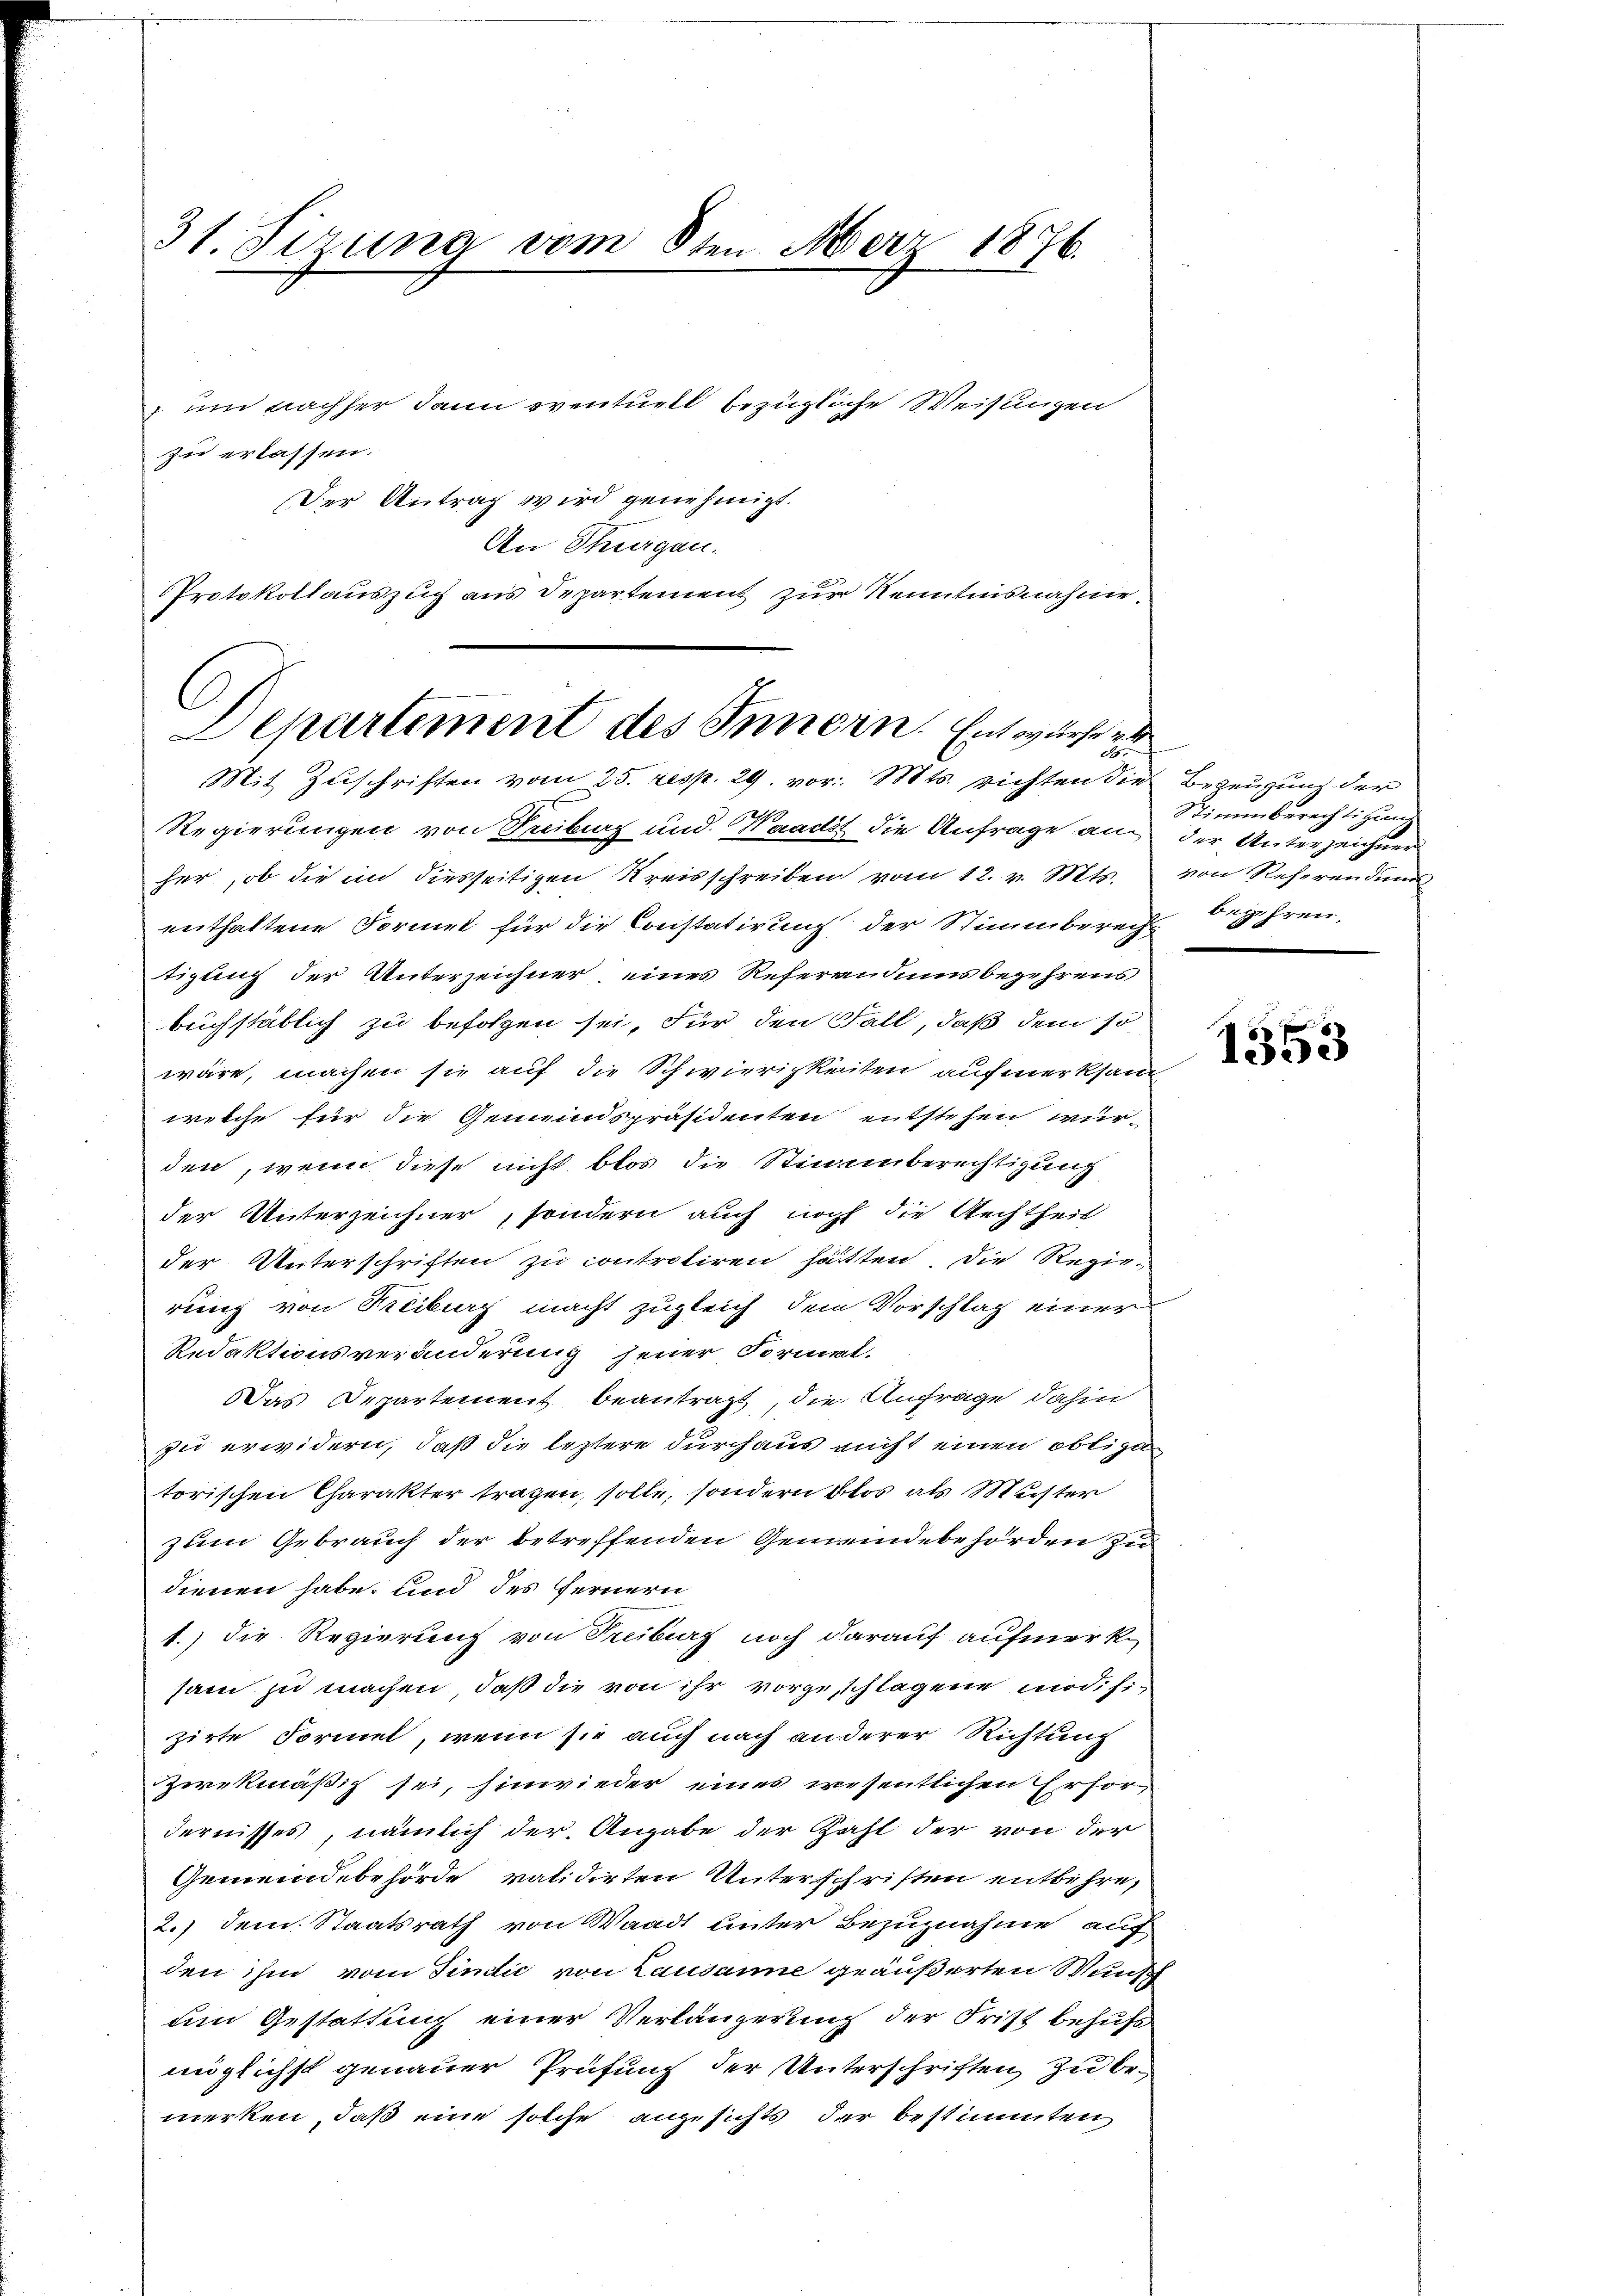
31. Sizung vom 8ten März 1876.

um nachher dann eventuell bezügliche Weisungen
zu erlassen.
Der Antrag wird genehmigt.
An Thurgau.
Protokollauszug aus Departement zur Kenntnisnahme.
Regierungen von Treiburg und Waadt die Anfrage an der Unterzeichner
her, ob die in diesseitigen Kreisschreiben vom 12. v. Mts.
enthaltene Formet für die Constatirung der Stimmberecht begehren,
tigung der Unterzeichner, eines Referandums bezehrens
buchstäblich zu befolgen sei. Für den Fall, daß dem so
wäre, machen sie auf die Schwierigkeiten aufmerksam
welche für die Gemeindspräsidenten entstehen wurden, wenn diese nicht blos die Stimmberechtigung
der Unterzeichner, sondern auch noch die Rechtheil
der Unterschriften zu controtiren hätten, die Regie-
rung von Treiburg macht zugleich dem Vorschlag einer
Redaktionsveränderung jener Formal.
Das Departement beantragt, die Anfrage dahin
zu erwidern, daß die leztere durchaus nicht einen obligen
torischen Charakter tragen, solle, sondern blos als Muster
zum Gebrauch der betreffenden Gemeindebehörden zu
dienen habe, und des Fernern
1.) Die Regierung von Treiburg noch darauf aufmerksam zu machen, daß die von ihr vorgeschlagene modifi-
zirte Formel, wenn sie auch nach anderer Richtung
zwekmäßig sei, hinwieder eines wesentlichen Erfordernisses, nämlich der Angabe der Zahl der von der
Gemeindebehörde validirten Unterschriften entbehre,
2.) dem Staatsrath von Waadt unter Bezugnahme auf
den ihm vom Findić von Lausanne geäußerten Wunsch
um Gestattung einer Verlängerung der Frist behufs
möglichst genauer Prüfung der Unterschriften, zu bemerken, daß eine solche angesichts der bestimmten

6
Departement des Innern. Entwurfe v
Mit Zuschriften vom 25. resp. 29. vor. Mts. richten die Bezeugung der

Stimmberechtigung
von Referendung

1353